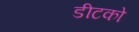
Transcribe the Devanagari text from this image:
डीटको